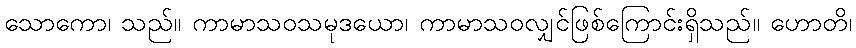
သောကော၊ သည်။ ကာမာသဝသမုဒယော၊ ကာမာသဝလျှင်ဖြစ်ကြောင်းရှိသည်။ ဟောတိ၊